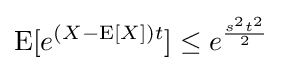
\operatorname {E} [e^{(X-\operatorname {E} [X])t}]\leq e^{\frac {s^{2}t^{2}}{2}}